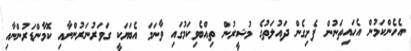
އެހެންކަމުން އެހައިތަނުން ފެށިގެން ދައުލަތުގެ މުޝީރުން ތިއްބެވިކަމުގައި ވާނަމަ އެބަޔަކީ ގަވަރުނަރުންނާއި ކޮމާންޑަރުންނާއި